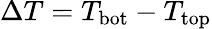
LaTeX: \Delta T=T_{\mathrm{bot}}-T_{\mathrm{top}}